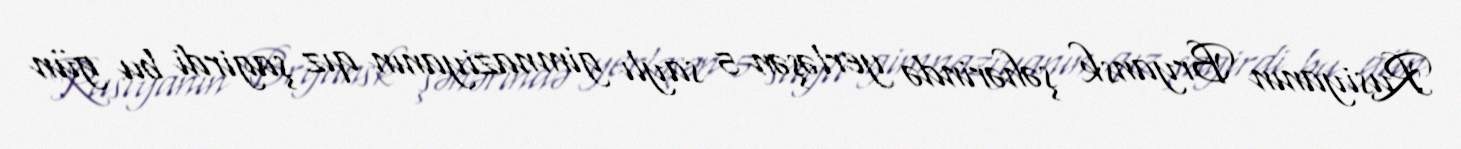
Rusiyanın Bryansk şəhərində yerləşən 5 saylı gimnaziyanın qız şagirdi bu gün